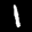
Label: 1